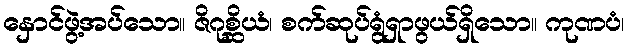
နှောင်ဖွဲ့အပ်သော။ ဇိဂုစ္ဆိယံ၊ စက်ဆုပ်ရွံရှာဖွယ်ရှိသော။ ကုဏပံ၊